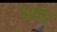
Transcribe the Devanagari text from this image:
रायंड